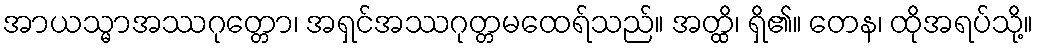
အာယသ္မာအဿဂုတ္တော၊ အရှင်အဿဂုတ္တမထေရ်သည်။ အတ္ထိ၊ ရှိ၏။ တေန၊ ထိုအရပ်သို့။